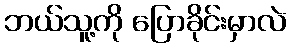
ဘယ်သူ့ကို ပြောခိုင်းမှာလဲ